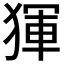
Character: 𤟤